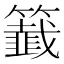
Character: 籖